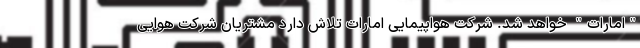
"امارات" خواهد شد. شرکت هواپیمایی امارات تلاش دارد مشتریان شرکت هوایی